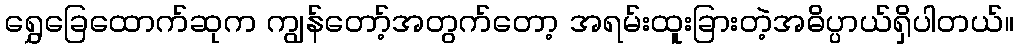
ရွှေခြေထောက်ဆုက ကျွန်တော့်အတွက်တော့ အရမ်းထူးခြားတဲ့အဓိပ္ပာယ်ရှိပါတယ်။